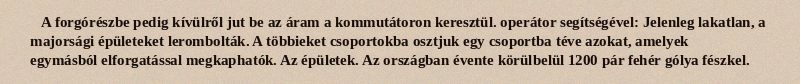
A forgórészbe pedig kívülről jut be az áram a kommutátoron keresztül. operátor segítségével: Jelenleg lakatlan, a majorsági épületeket lerombolták. A többieket csoportokba osztjuk egy csoportba téve azokat, amelyek egymásból elforgatással megkaphatók. Az épületek. Az országban évente körülbelül 1200 pár fehér gólya fészkel.